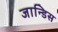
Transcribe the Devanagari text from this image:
जान्डिस